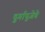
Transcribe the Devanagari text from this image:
दुर्गापूजेचे